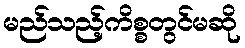
မည်သည့်ကိစ္စတွင်မဆို